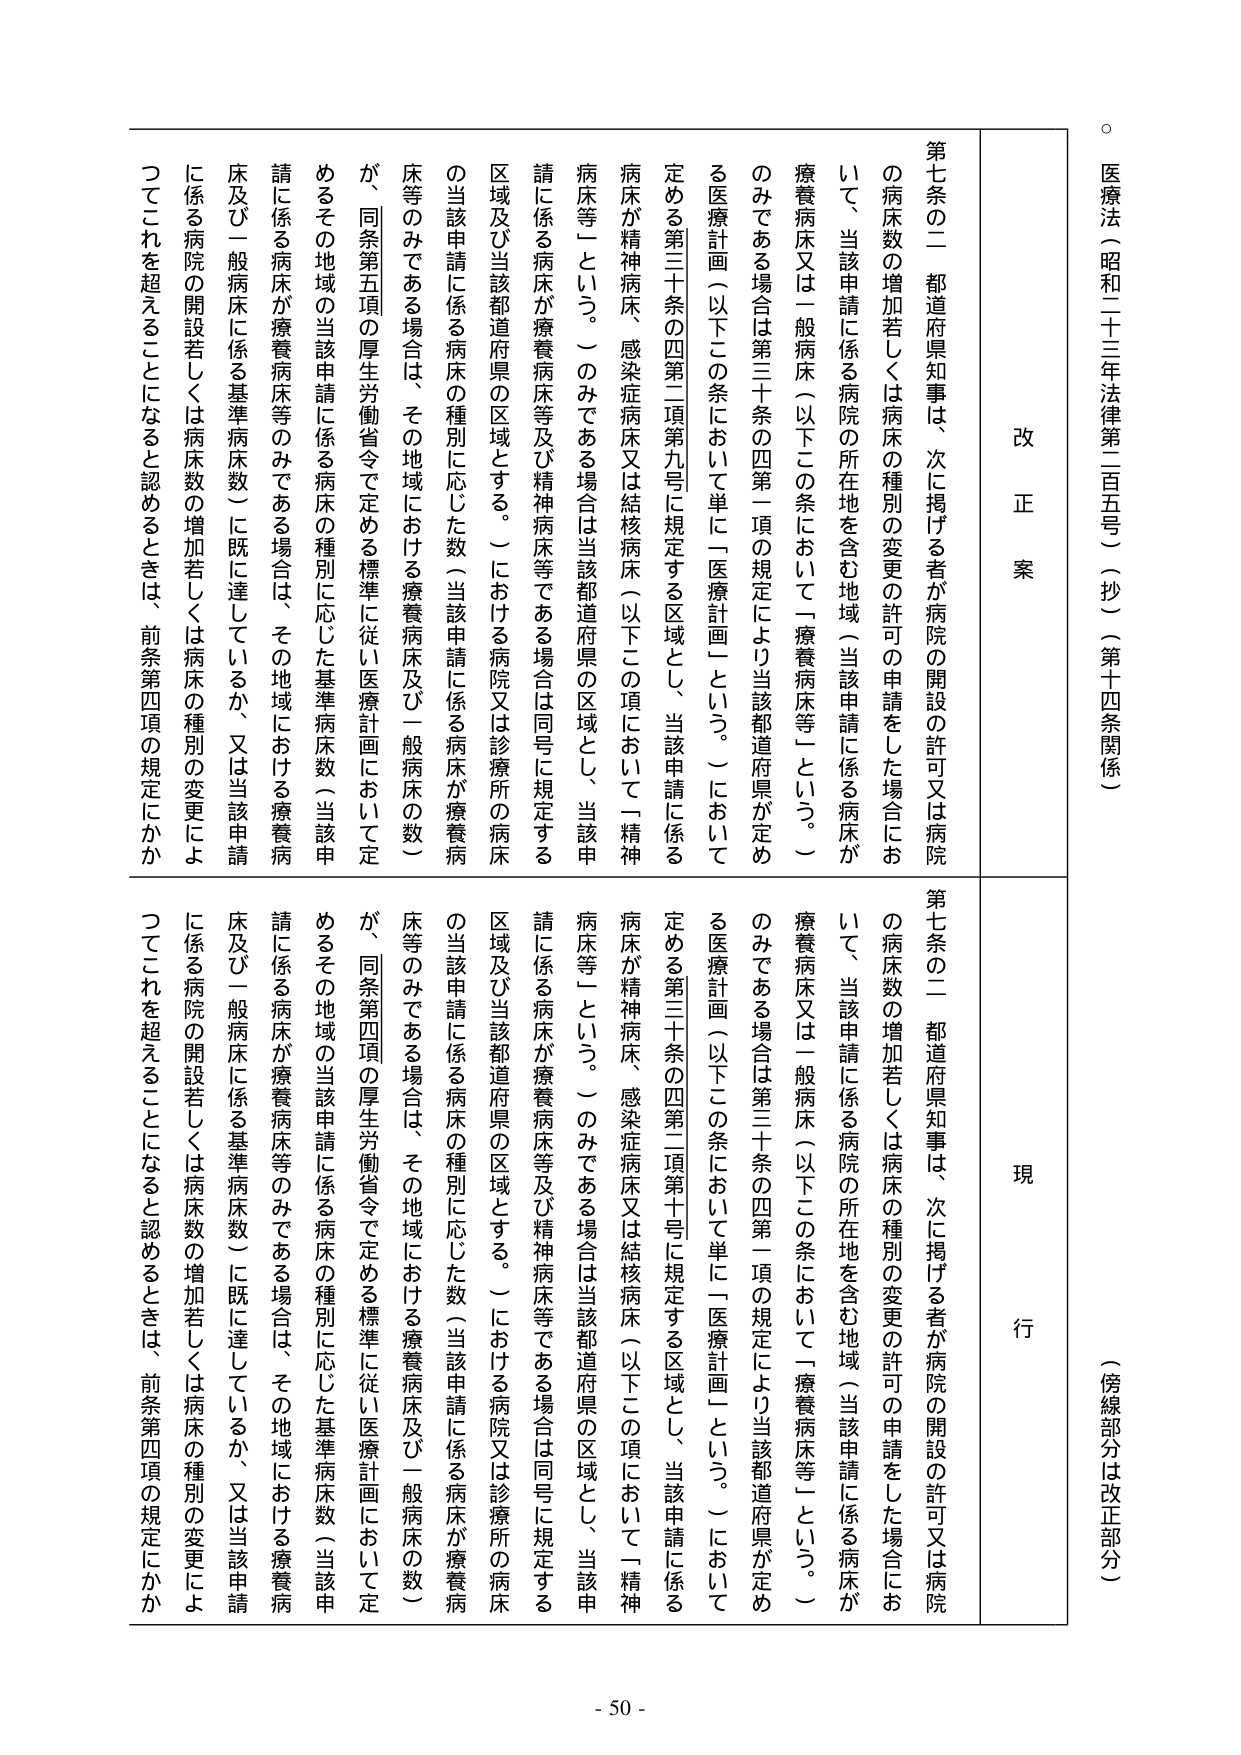
医療法（昭和二十三年法律第二百五号）（抄）（第十四条関係）

（傍線部分は改正部分）

改正案

第七条の二 都道府県知事は、次に掲げる者が病院の開設の許可又は病院の病床数の増加若しくは病床の種別の変更の許可の申請をした場合において、当該申請に係る病院の所在地を含む地域（当該申請に係る病床が療養病床又は一般病床（以下この条において「療養病床等」という。）のみである場合は第三十条の四第一項の規定により当該都道府県が定める医療計画（以下この条において単に「医療計画」という。）において定める第三十条の四第二項第九号に規定する区域とし、当該申請に係る病床が精神病床、感染症病床又は結核病床（以下この項において「精神病床等」という。）のみである場合は当該都道府県の区域とし、当該申請に係る病床が療養病床等及び精神病床等である場合は同号に規定する区域及び当該都道府県の区域とする。）における病院又は診療所の病床の当該申請に係る病床の種別に応じた数（当該申請に係る病床が療養病床等のみである場合は、その地域における療養病床及び一般病床の数）が、同条第五項の厚生労働省令で定める標準に従い医療計画において定めるその地域の当該申請に係る病床の種別に応じた基準病床数（当該申請に係る病床が療養病床等のみである場合は、その地域における療養病床及び一般病床に係る基準病床数）に既に達しているか、又は当該申請に係る病院の開設若しくは病床数の増加若しくは病床の種別の変更によってこれを超えることになると認めるときは、前条第四項の規定にかか

現行

第七条の二 都道府県知事は、次に掲げる者が病院の開設の許可又は病院の病床数の増加若しくは病床の種別の変更の許可の申請をした場合において、当該申請に係る病院の所在地を含む地域（当該申請に係る病床が療養病床又は一般病床（以下この条において「療養病床等」という。）のみである場合は第三十条の四第一項の規定により当該都道府県が定める医療計画（以下この条において単に「医療計画」という。）において定める第三十条の四第二項第十号に規定する区域とし、当該申請に係る病床が精神病床、感染症病床又は結核病床（以下この項において「精神病床等」という。）のみである場合は当該都道府県の区域とし、当該申請に係る病床が療養病床等及び精神病床等である場合は同号に規定する区域及び当該都道府県の区域とする。）における病院又は診療所の病床の当該申請に係る病床の種別に応じた数（当該申請に係る病床が療養病床等のみである場合は、その地域における療養病床及び一般病床の数）が、同条第四項の厚生労働省令で定める標準に従い医療計画において定めるその地域の当該申請に係る病床の種別に応じた基準病床数（当該申請に係る病床が療養病床等のみである場合は、その地域における療養病床及び一般病床に係る基準病床数）に既に達しているか、又は当該申請に係る病院の開設若しくは病床数の増加若しくは病床の種別の変更によってこれを超えることになると認めるときは、前条第四項の規定にかか

- 50 -